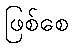
ဖြစ်စေ